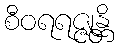
စီဝရရဇ္ဇုန္တိ